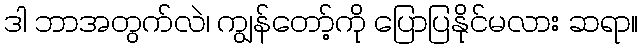
ဒါ ဘာအတွက်လဲ၊ ကျွန်တော့်ကို ပြောပြနိုင်မလား ဆရာ။